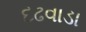
દઢવાડા